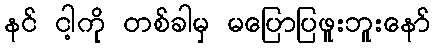
နင် ငါ့ကို တစ်ခါမှ မပြောပြဖူးဘူးနော်